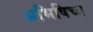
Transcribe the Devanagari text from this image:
अभिषिच्य